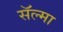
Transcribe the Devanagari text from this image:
सॅल्मा